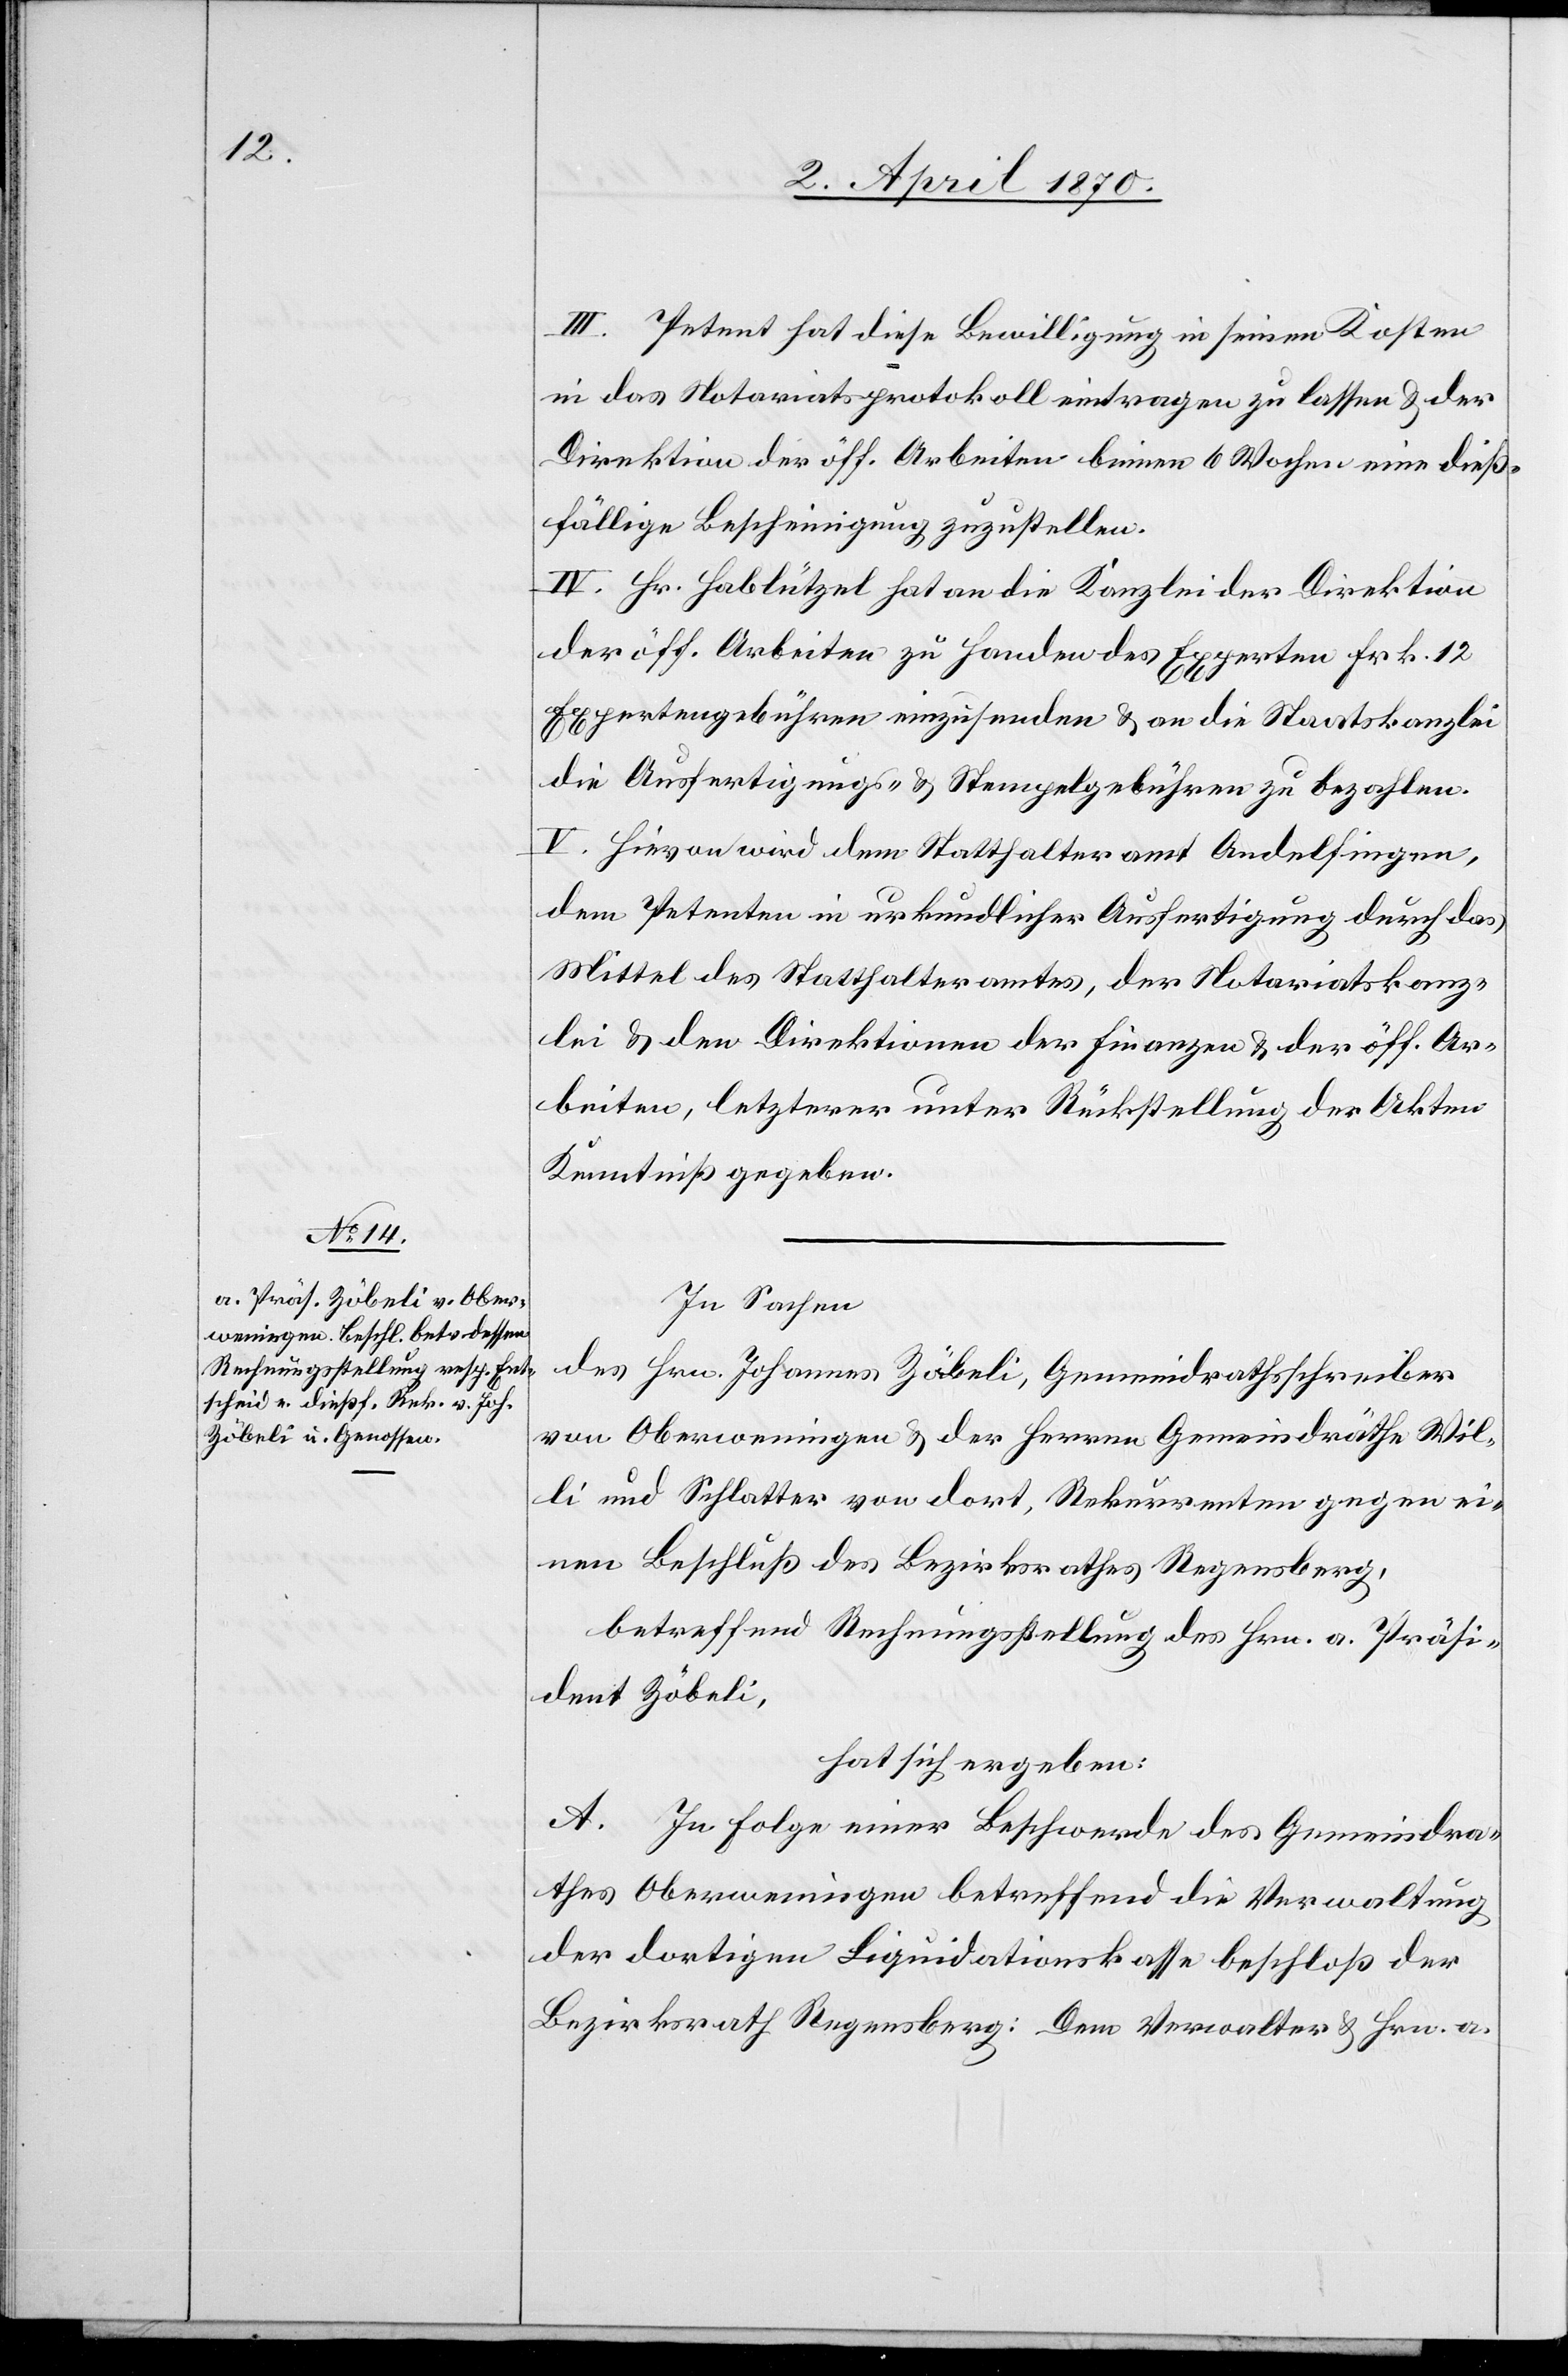
III. Petent hat diese Bewilligung in seinen Kosten
in das Notariatsprotokoll eintrage zu lassen & der
Direktion der öff. Arbeiten binnen 6 Wochen eine dieß¬
fällige Bescheinigung zuzustellen.
IV. Hr. Hablützel hat an die Kanzlei der Direktion
der öff. Arbeiten zu Handen des Experten Frk. 12
Expertengebühren einzusenden & an die Staatskanzlei
die Ausfertigungs- & Stempelgebühren zu bezahlen.
V. Hievon wird dem Statthalteramt Andelfingen,
dem Petenten in urkundlicher Ausfertigung durch das
Mittel des Statthalteramtes, der Notariatskanz¬
lei & den Direktionen der Finanzen & der öff. Ar¬
beiten, letzterer unter Rückstellung der Akten
Kenntniß gegeben.
In Sachen
des Hrn. Johannes Zöbeli, Gemeindrathsschreiber
von Oberweningen & der Herren Gemeindräthe Wil¬
li und Schlatter von dort, Rekurrenten gegen ei¬
nen Beschluß des Bezirksrathes Regensberg,
betreffend Rechnungsstellung des Hrn. a. Präsi¬
dent Zöbeli,
hat sich ergeben:
A. In Folge einer Beschwerde des Gemeindra¬
thes Oberweningen betreffend die Verwaltung
der dortigen Liquidationskasse beschloß der
Bezirksrath Regensberg: Dem Verwalter & Hrn. a.